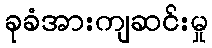
ခုခံအားကျဆင်းမှု